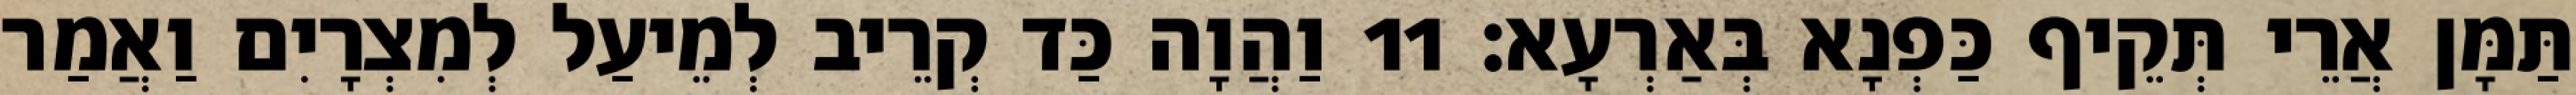
תַּמָּן אֲרֵי תְּקֵיף כַּפְנָא בְּאַרְעָא׃ 11 וַהֲוָה כַּד קְרֵיב לְמֵיעַל לְמִצְרָיִם וַאֲמַר